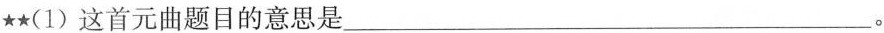
★★(1)这首元曲题目的意思是___。